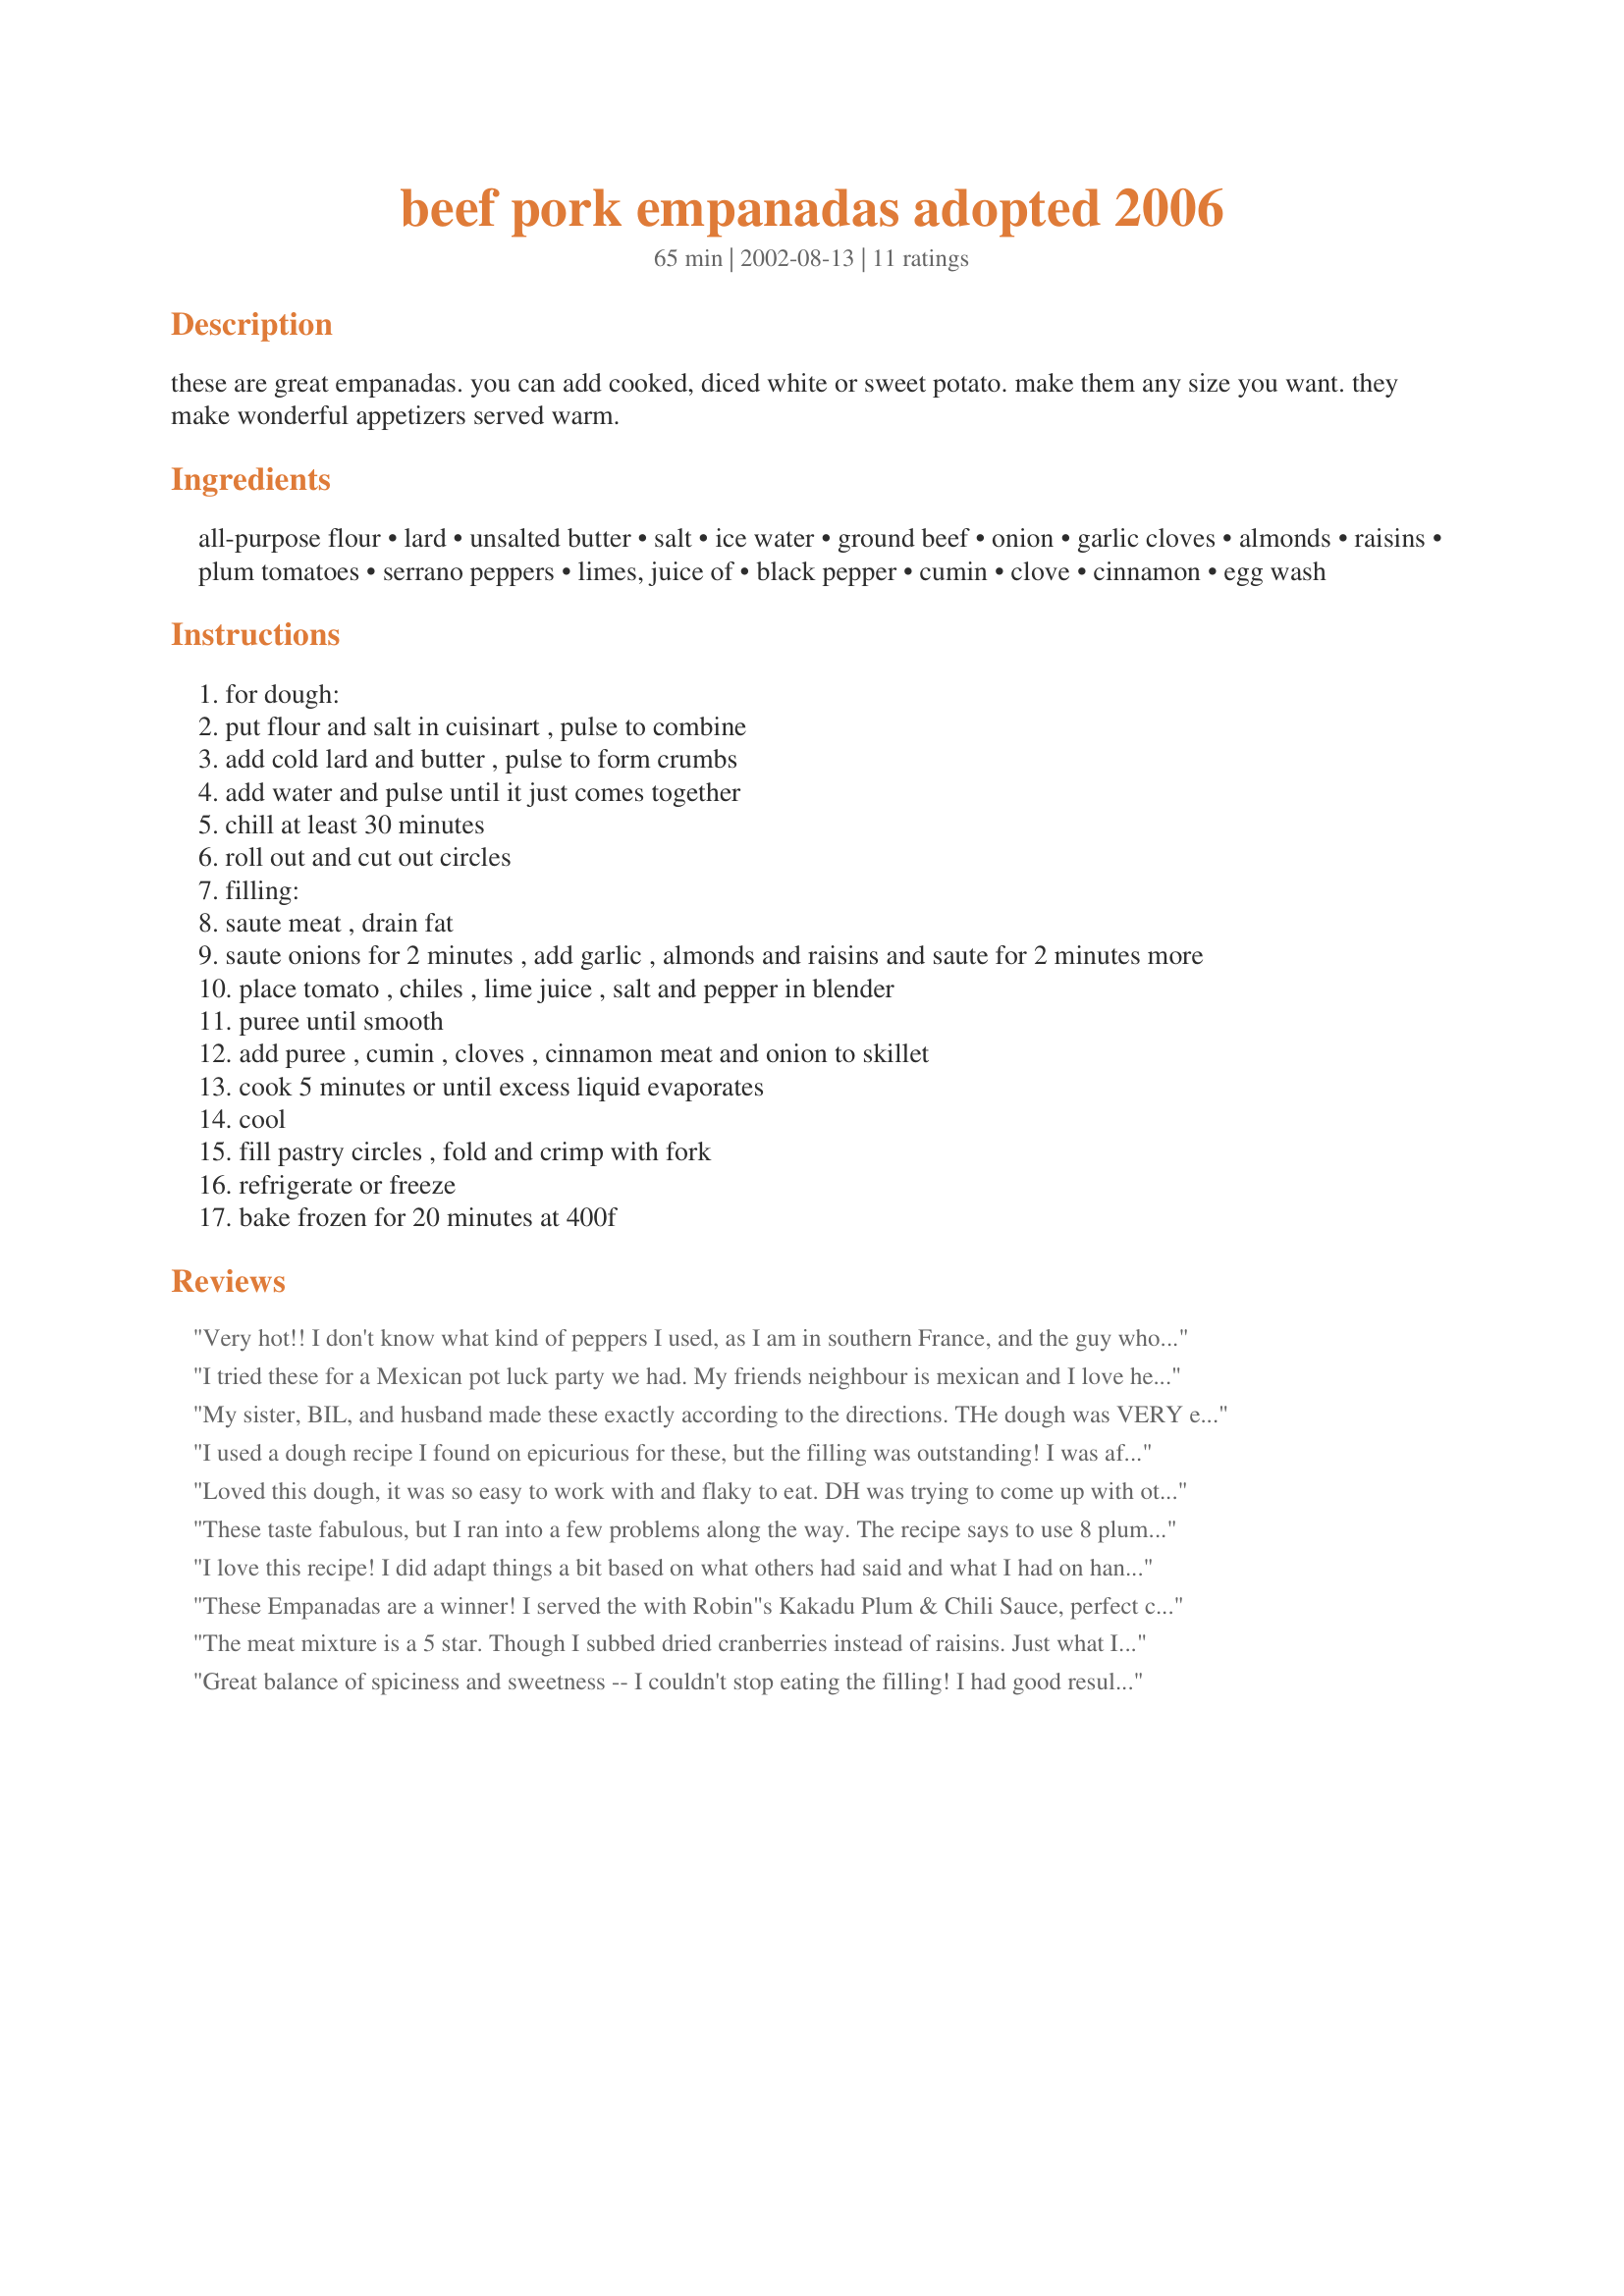
beef pork empanadas adopted 2006
Preparation time: 65 minutes

these are great empanadas. you can add cooked, diced white or sweet potato. make them any size you want. they make wonderful appetizers served warm.

Ingredients:
all-purpose flour, lard, unsalted butter, salt, ice water, ground beef, onion, garlic cloves, almonds, raisins, plum tomatoes, serrano peppers, limes, juice of, black pepper, cumin, clove, cinnamon, egg wash

Steps:
for dough:
put flour and salt in cuisinart , pulse to combine
add cold lard and butter , pulse to form crumbs
add water and pulse until it just comes together
chill at least 30 minutes
roll out and cut out circles
filling:
saute meat , drain fat
saute onions for 2 minutes , add garlic , almonds and raisins and saute for 2 minutes more
place tomato , chiles , lime juice , salt and pepper in blender
puree until smooth
add puree , cumin , cloves , cinnamon meat and onion to skillet
cook 5 minutes or until excess liquid evaporates
cool
fill pastry circles , fold and crimp with fork
refrigerate or freeze
bake frozen for 20 minutes at 400f

Reviews:
Very hot!! I don't know what kind of peppers I used, as I am in southern France, and the guy who sold them to me spoke Arabic. I'm sure they weren't exactly what was called for in the recipe, but it was still a success. Once everything was ready, these were fast and easy to put together and cook. I had leftover filling, so I froze it. I also had to simmer about 15 minutes, but it was because the tomatoes were so juicy. Really nice, really spicy!
I tried these for a Mexican pot luck party we had. My friends neighbour is mexican and I love her Moms empanadas so I thought these would probably be the same. I guessed wrong. I found these way too spicy. I think it had too much cumin for my palate.
My sister, BIL, and husband made these exactly according to the directions. THe dough was VERY easy (we used the kitchen aid mixer rather than the food processor) and it was easy to work with. THe filling was VERY hot but delicious. 24 serrano peppers does seem a bit excessive but we wanted to do it as directed. If you didn't want it to be REALLY hot you could use fewer. All in all, we loved it! Our mouth were watering as we waited for the second batch to come out of the oven! Thanks for delicious recipe.
I used a dough recipe I found on epicurious for these, but the filling was outstanding! I was afraid of using 24 serrano chiles because I hadn't used them before, so I used about 16 and it was just right - plenty hot and they tasted great. Next time I think I'll add a potato, but they were great!
Loved this dough, it was so easy to work with and flaky to eat. DH was trying to come up with other combinations to use in the dough. Didn&#039;t have serranos so used jalapeno and anaheim and wasn&#039;t spicy at all. Will get the serranos next time.
These taste fabulous, but I ran into a few problems along the way. The recipe says to use 8 plum tomatoes, but I know that the plum tomatoes I had were larger than average, and I know that if Id used 8 of them, I would have had tomato-beef sauce...so I used only 5 of them. I used all of the serranos and felt I needed a bit more of the spices.
When it came to the dough, I wasnt sure how big I was supposed to make the dough rounds, and how thin I was to make them to actually end up with 70 small empanadas. I didnt end up with 70, but maybe I made them bigger than I was supposed to... I had no clue how big they should have been. The only other problem I had was in the cooking time. I make things like this all the time, so I knew it would take approximately 20 mins at 400F...but if someone is new to making something like this, they may not have known... 
Great recipe... I just wish a few things could have been a bit more clear.
I love this recipe! I did adapt things a bit based on what others had said and what I had on hand. I used 5 plum tomatoes, a teaspoon or so of diced green jalapeno's instead of the serrano peppers, and I cheated and used puff pastry dough instead of the empanada dough because I was in a hurry and already had it on hand. I will definitely make this again and next time I will try the empanada dough although it was great with the puff pastry. I love coming across jewels like this. Thanks!
These Empanadas are a winner! I served the with Robin"s Kakadu Plum & Chili Sauce, perfect combination. I admit that I am not good at rolling pastry and took a shortcut I used round egg roll wrappers and they are wonderful, came out crisp on the outside and a nice bite to the filling.I would love to try them with the Empanada dough but it's hard to imagine that they could be any better than these. Serrano peppers were not available so I used Jalapeno, they are not quite as hot but much larger so I used 9, left the seeds in- just the right kick. I found that I had to simmer the filling (after adding the tomatoe) for apprx. 15 minutes to get it to the right consistency . Perhaps my Romas were extra juicy. My freezer smiled when I slipped these in. This recipe is 5 star all the way. Thanks Mean Chef for a "Mean" recipe
The meat mixture is a 5 star. Though I subbed dried cranberries instead of raisins. Just what I had on hand and I prefer them. The rest of the directions are terrible. How big are the dough cutouts? 35 pieces? You are kidding me! I used a glass 2 1/2&quot; in diameter and got 15. Takes way longer than 5 minutes to simmer out all of the liquid. I have a pile of meat left. What to do now? Guess I might have to make another batch of dough. Will freeze those and/or deliver them to the 2 kids in college. I know the men in my house will love these but, the person who counts (ME) is not impressed.
Great balance of spiciness and sweetness -- I couldn't stop eating the filling! I had good results pre-making these, freezing them, and baking them at 400 for about 20 minutes. I didn't taste any difference between fresh and frozen. I did end up simmering the filling for longer than expected, but it was worth it.
I used ground turkey. I also used Goya pre made Empanada dough(10 per package) and baked them at 400 degrees for 20 minutes. They were very much enjoyed!
